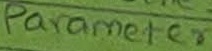
Text: Parameter